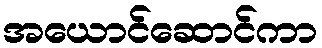
အယောင်ဆောင်ကာ